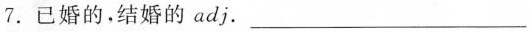
7. 已婚的，结婚的 adj. ___